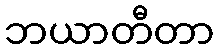
ဘယာတီတာ